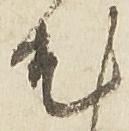
尤